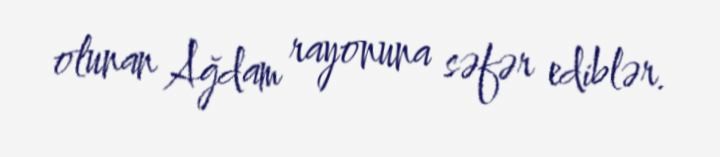
olunan Ağdam rayonuna səfər ediblər.